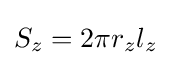
S_{z}=2\pi r_{z}l_{z}